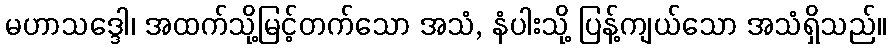
မဟာသဒ္ဒေါ၊ အထက်သို့မြင့်တက်သော အသံ, နံပါးသို့ ပြန့်ကျယ်သော အသံရှိသည်။